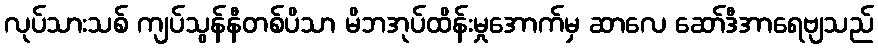
လုပ်သားသစ် ကျပ်သွန်နီတစ်ပိသာ မိဘအုပ်ထိန်းမှုအောက်မှ ဆာလေ ဆော်ဒီအာရေဗျသည်